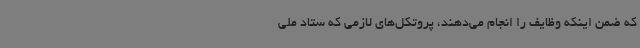
که ضمن اینکه وظایف را انجام می‌دهند، پروتکل‌های لازمی که ستاد ملی